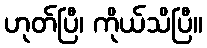
ဟုတ်ပြီ၊ ကိုယ်သိပြီ။